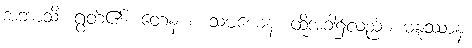
အဘာသိ၊ ရွတ်၏။ တေန စ သမယေန၊ ထိုအခါ၌လည်း။ မနူဿာနံ၊